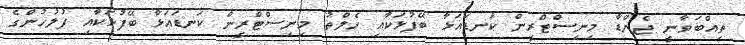
ތިއްބަވާނީ ޖެންޑާ މިނިސްޓްރީން ކަނޑައަޅާ ބޭފުޅަކާއި ހެލްތު މިނިސްޓްރީން ކަނޑައަޅާ ބޭފުޅަކާއި ފުލުހުންގެ